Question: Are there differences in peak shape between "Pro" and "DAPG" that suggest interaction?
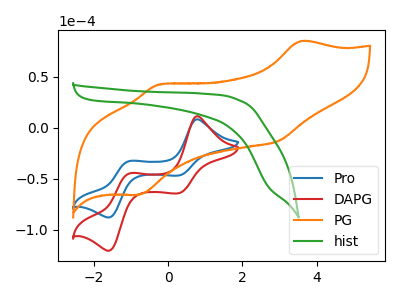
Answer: <think>The blue curve "Pro" has anodic peaks at (0.80V, 8.25uA) (-1.05V, -32.75uA) and cathodic peaks at (0.30V, -46.75uA) (-1.60V, -87.85uA). The red curve "DAPG" has anodic peaks at (0.80V, 11.30uA) (-1.05V, -44.85uA) and cathodic peaks at (0.30V, -64.10uA) (-1.60V, -120.45uA). The orange curve "PG" has anodic peaks at (3.55V, 84.70uA) (-0.25V, 42.30uA) and cathodic peaks at (3.00V, -12.85uA) (-0.80V, -65.50uA). The green curve "hist" has no peaks.
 All the peaks in "Pro" have a peak in "DAPG" at the same potential.</think>
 <answer>No, "Pro" and "DAPG" don't appear to be significantly different in shape</answer>
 <eval>no_change</eval>